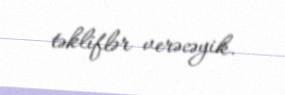
təkliflər verəcəyik.